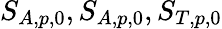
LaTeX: S_{A,p,0},S_{A,p,0},S_{T,p,0}